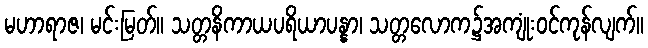
မဟာရာဇ၊ မင်းမြတ်။ သတ္တနိကာယပရိယာပန္နာ၊ သတ္တလောက၌အကျုံးဝင်ကုန်လျက်။